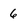
Character: 6